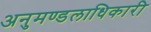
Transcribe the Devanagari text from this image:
अनुमण्डलाधिकारी